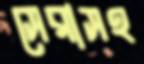
সেরাসহ